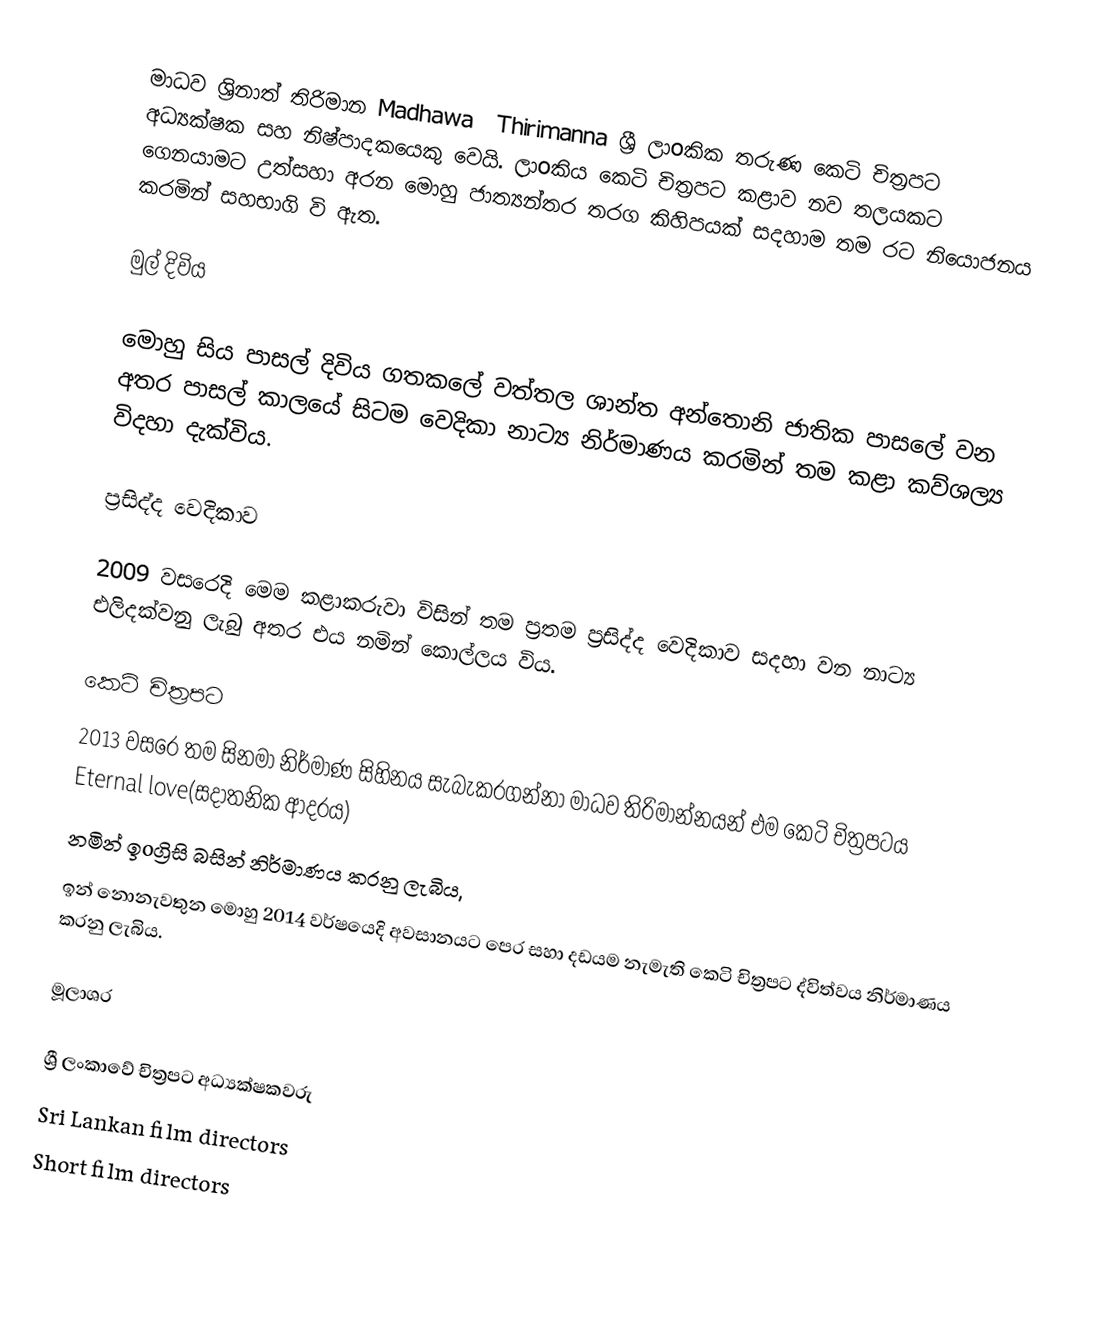
මාධව ශ්‍රිනාත් තිරිමාන Madhawa ‍ Thirimanna ශ්‍රී ලාoකික තරුණ කෙටි චිත්‍රපට අධ්‍යක්ෂක සහ නිෂ්පාදකයෙකු වෙයි. ලාoකිය කෙටි චිත්‍රපට කළාව නව තලයකට ගෙනයාමට උත්සහා අරන මොහු ජාත්‍යන්තර තරග කිහිපයක් සදහාම තම රට නියොජනය කරමින් සහභාගි වි ඇත.

මුල් දිවිය

මොහු සිය පාසල් දිවිය ගතකලේ වත්තල ශාන්ත අන්තොනි ජාතික පාසලේ වන අතර පාසල් කාලයේ සිටම වෙදිකා නාට්‍ය නිර්මාණය කරමින් තම කළා කව්ශල්‍ය විදහා දැක්විය.

ප්‍රසිද්ද වෙදිකාව

2009 වසරෙදි මෙම කළාකරුවා විසින් තම ප්‍රතම ප්‍රසිද්ද වෙදිකාව සදහා වන නාට්‍ය එලිදක්වනු ලැබු අතර එය නමින් කොල්ලය විය.

කෙටි චිත්‍රපට
 2013 වසරෙ තම සිනමා නිර්මාණ සිහිනය සැබැකරගන්නා මාධව තිරිමාන්නයන් එම කෙටි චිත්‍රපටය Eternal love(සදාතනික ආදරය)
නමින් ඉoග්‍රිසි බසින් නිර්මාණය කරනු ලැබිය,
 ඉන් නොනැවතුන මොහු 2014 වර්ෂයෙදි අවසානයට පෙර  සහා දඩයම නැමැති කෙටි චිත්‍රපට ද්විත්වය නිර්මාණය කරනු ලැබිය.

මූලාශ‍්‍ර

ශ්‍රී ලංකාවේ චිත්‍රපට අධ්‍යක්ෂකවරු
Sri Lankan film directors
Short film directors